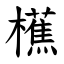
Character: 櫵